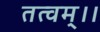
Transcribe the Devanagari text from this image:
तत्वम्।।